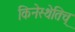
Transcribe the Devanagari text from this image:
किनेस्थेतिच्